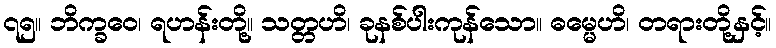
၇၅။ ဘိက္ခဝေ၊ ရဟန်းတို့။ သတ္တဟိ၊ ခုနစ်ပါးကုန်သော။ ဓမ္မေဟိ၊ တရားတို့နှင့်။